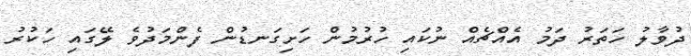
ދުވާލު ހަތަރު ދަމު އެއްޗެއް ނުކައި ހުރުމުން ހަށިގަނޑުން ފެންމަދުވެ ލޭގައި ހަކުރު